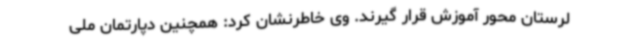
لرستان محور آموزش قرار گیرند. وی خاطرنشان کرد: همچنین دپارتمان ملی